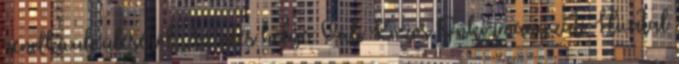
rendkívüli üléséről Az ülés helye: Váli Közös Önkormányzati Hivatal